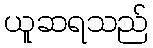
ယူဆရသည်